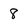
Character: 8